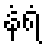
နံရံ